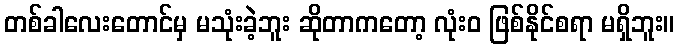
တစ်ခါလေးတောင်မှ မသုံးခဲ့ဘူး ဆိုတာကတော့ လုံးဝ ဖြစ်နိုင်စရာ မရှိဘူး။